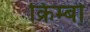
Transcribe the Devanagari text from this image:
क्रिम्बो